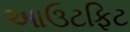
આઉટફિટ